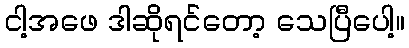
ငါ့အဖေ ဒါဆိုရင်တော့ သေပြီပေါ့။